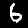
Digit: 6